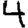
Digit: 4